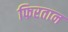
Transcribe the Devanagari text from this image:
फिरतान